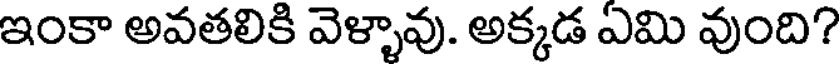
ఇంకా అవతలికి వెళ్ళావు. అక్కడ ఎమి వుంది?